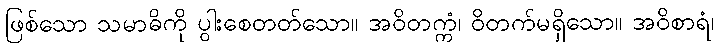
ဖြစ်သော သမာဓိကို ပွါးစေတတ်သော။ အဝိတက္ကံ၊ ဝိတက်မရှိသော။ အဝိစာရံ၊